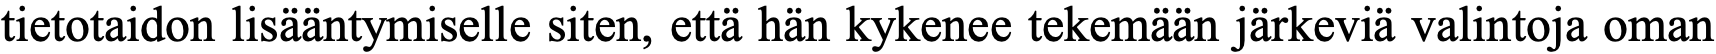
tietotaidon lisääntymiselle siten, että hän kykenee tekemään järkeviä valintoja oman